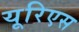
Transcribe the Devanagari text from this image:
यूरिएस